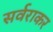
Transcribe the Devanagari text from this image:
सर्वराकर